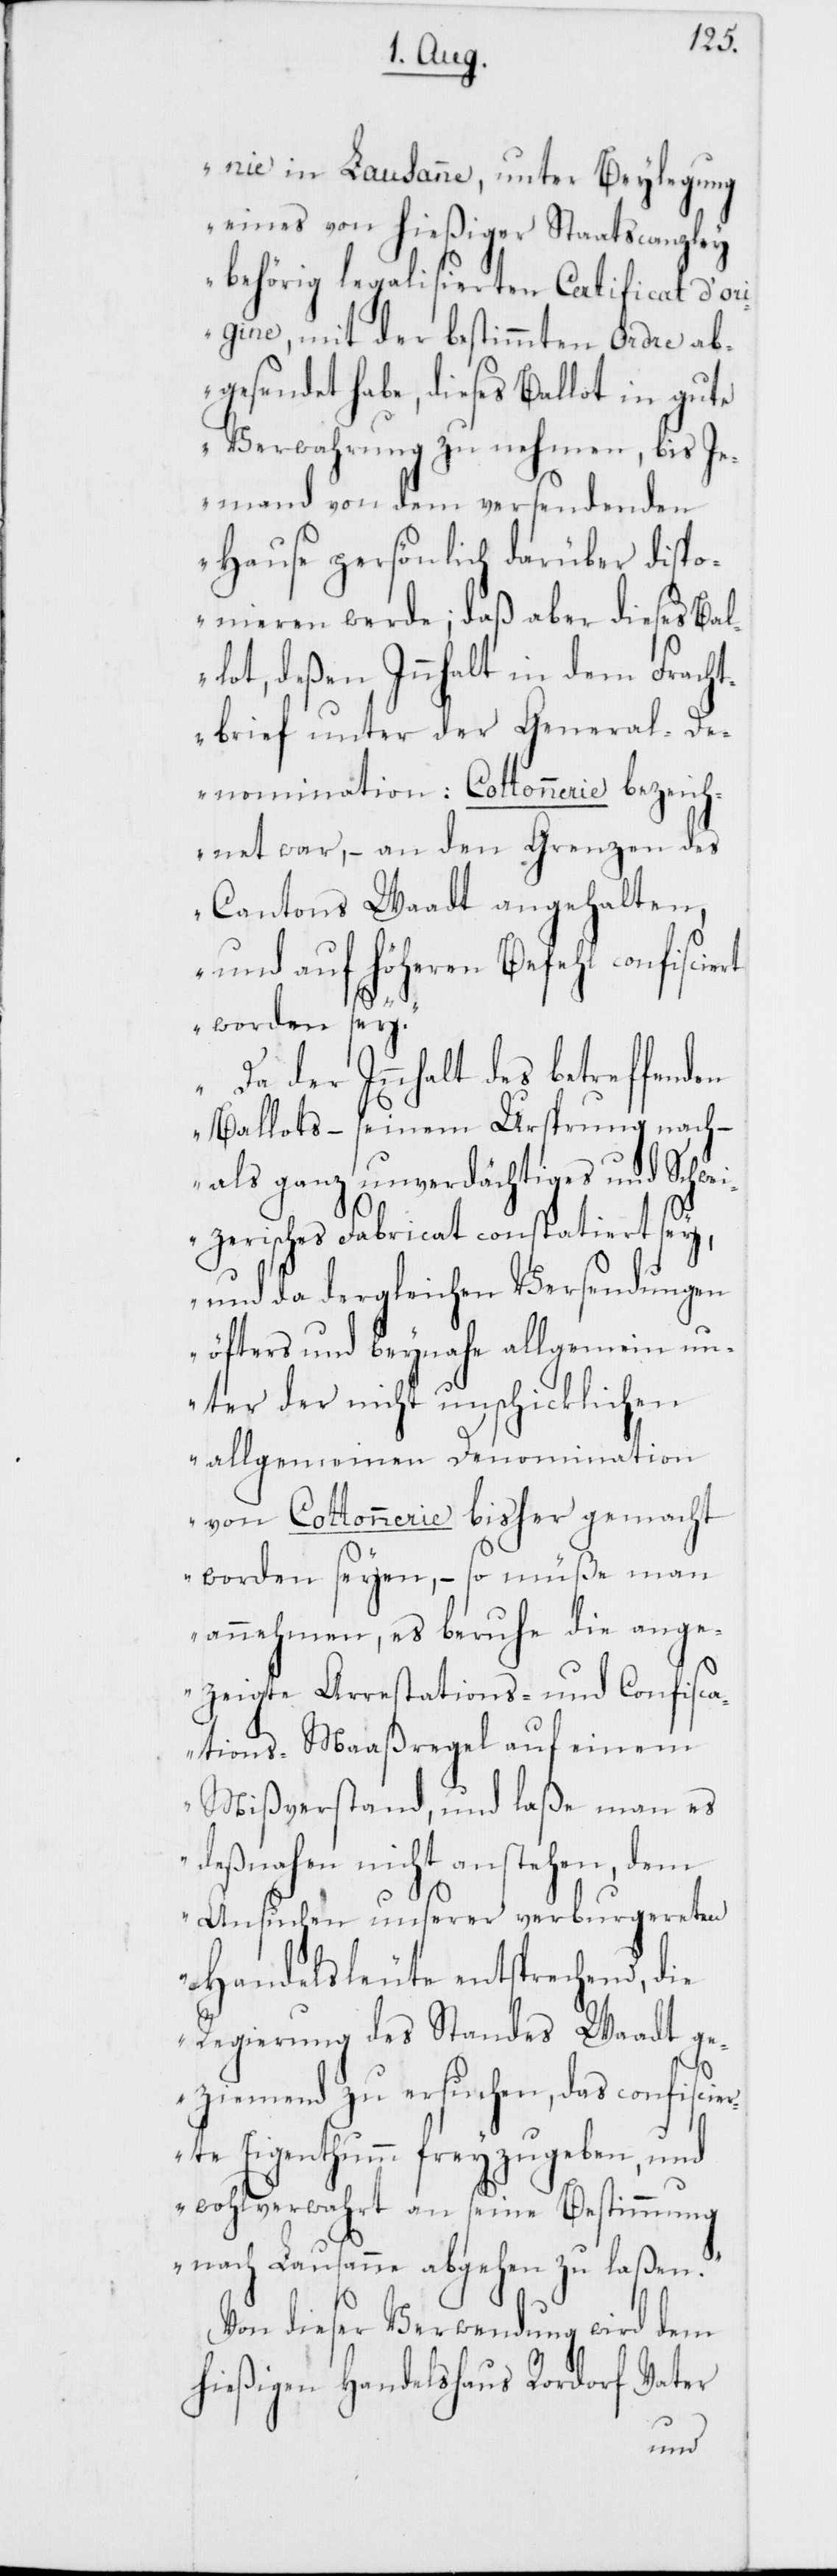
nie in Lausanne, unter Beylegung
eines von hießiger Staatscanzley
behörig legalisierten Certificat d’ori¬
gine, mit der bestimmten Ordre ab¬
gesendet habe, dieses Ballot in gute
Verwahrung zu nehmen, bis Je¬
mand von dem versendenen
Hause persönlich darüber dispo¬
nieren werde; daß aber dieses Bal¬
lot, deßen Innhalt in dem Fracht¬
brief unter der General-De¬
nomination: Cottonnerie bezeich¬
net war, – an den Grenzen des
Cantons Waadt angehalten,
und auf höheren Befehl confiscie¬
rt worden sey.“
„Da der Innhalt des betreffenden
Ballots, – seinem Ursprung nach –
als ganz unverdächtiges und Schwei¬
zerisches Fabricat constatiert sey,
und da dergleichen Versendungen
öfters und beynahe allgemein un¬
ter der nicht unschicklichen
allgemeinen Denomination
von Cottonnerie bisher gemacht
worden seyen, – so müße man
annehmen, es beruhe die ange¬
zeigte Arrestations- und Confisc¬
ations-Maaßregel auf einem
Mißverstand, und laße man es
deßnahen nicht anstehen, dem
Ansuchen unserer verburgereten
Handelsleute entsprechend, die
Regierung des Standes Waadt ge¬
ziemend zu ersuchen, das confiscier¬
te Eigenthumm freyzugeben, und
wohlverwahrt an seine Bestimmung
nach Lausanne abgehen zu laßen.“
Von dieser Verwendung wird dem
hießigen Handelshaus Rordorf Vater